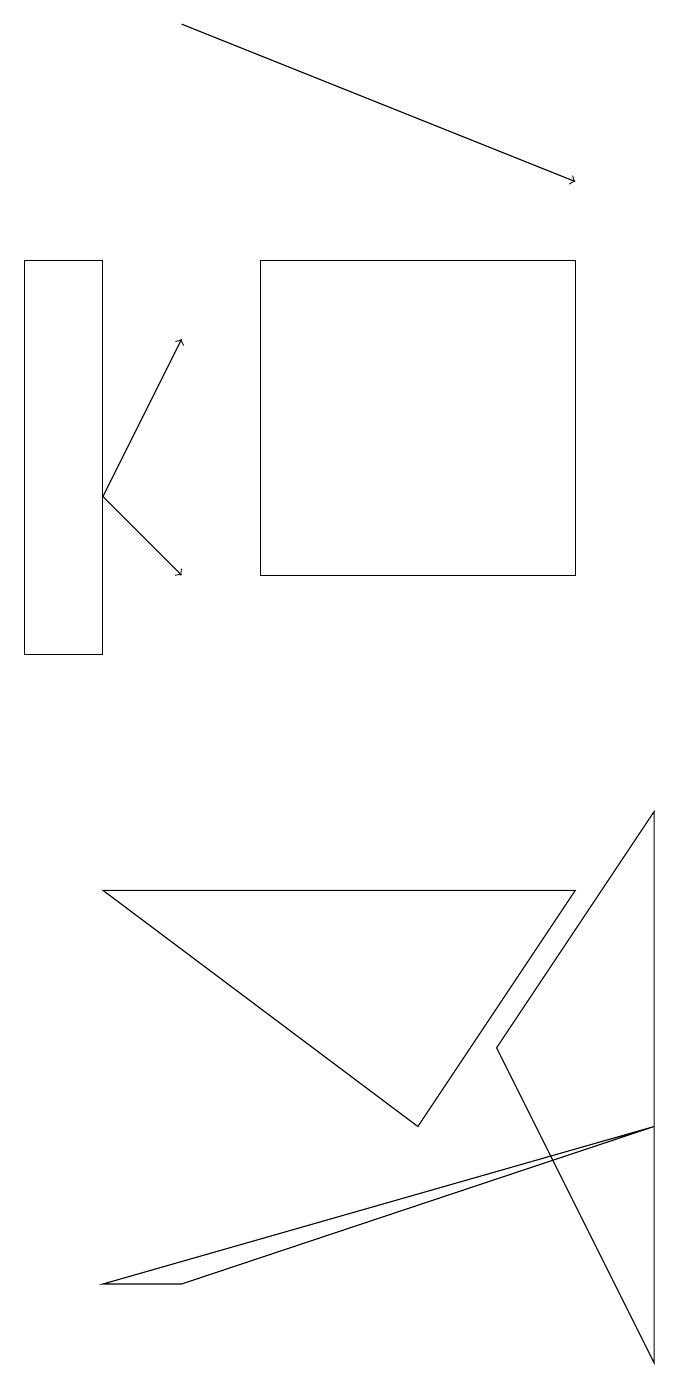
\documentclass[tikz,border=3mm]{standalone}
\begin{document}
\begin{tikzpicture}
\draw (0,15) rectangle (1,10);
\draw (3,11) rectangle (7,15);
\draw[->] (1,12) -- (2,11);
\draw (2,2) -- (8,4) -- (1,2) -- cycle;
\draw (5,4) -- (7,7) -- (1,7) -- cycle;
\draw[->] (2,18) -- (7,16);
\draw[->] (1,12) -- (2,14);
\draw (8,8) -- (6,5) -- (8,1) -- cycle;
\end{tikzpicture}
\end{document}